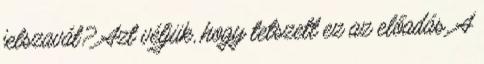
jelszavát? Azt véljük, hogy tetszett ez az előadás. A